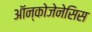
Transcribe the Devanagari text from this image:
ऑन्कोजेनेसिस